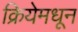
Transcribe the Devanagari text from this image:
क्रियेमधून